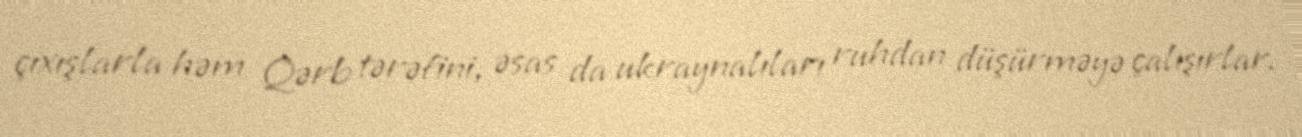
çıxışlarla həm Qərb tərəfini, əsas da ukraynalıları ruhdan düşürməyə çalışırlar.